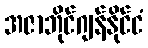
အဇာဘိုင်ဂျန်နိုင်ငံ